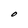
Character: O